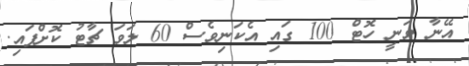
އޭނާ ވަނީ ހޮޓް 100 ގައި އެކަނިވެސް 60 ލަވަ ޗާޓު ކޮށްފައި.